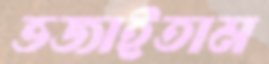
ভজাইতাম